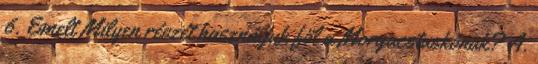
6. Emelt Milyen részét használjuk föl a Morgacstuskónak? A.